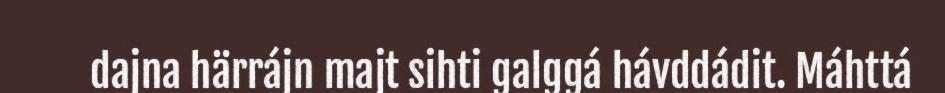
dajna härrájn majt sihti galggá hávddádit. Máhttá